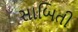
સાબિતી